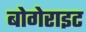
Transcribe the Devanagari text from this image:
बोगेराइट